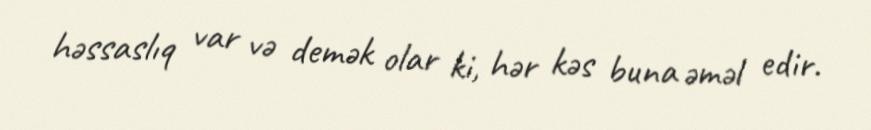
həssaslıq var və demək olar ki, hər kəs buna əməl edir.